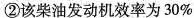
②该柴油发动机效率为30%